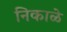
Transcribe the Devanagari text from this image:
निकाळे